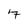
Character: 7